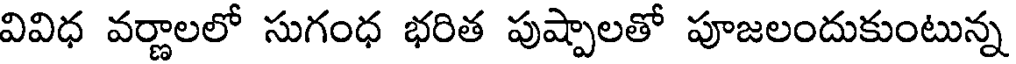
వివిధ వర్ణాలలో సుగంధ భరిత పుష్పాలతో పూజలందుకుంటున్న